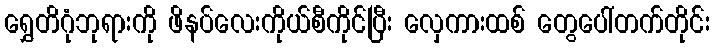
ရွှေတိဂုံဘုရားကို ဖိနပ်လေးကိုယ်စီကိုင်ပြီး လှေကားထစ် တွေပေါ်တက်တိုင်း